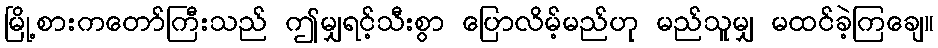
မြို့စားကတော်ကြီးသည် ဤမျှရင့်သီးစွာ ပြောလိမ့်မည်ဟု မည်သူမျှ မထင်ခဲ့ကြချေ။